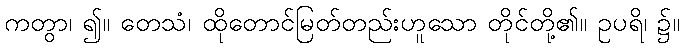
ကတွာ၊ ၍။ တေသံ၊ ထိုတောင်မြတ်တည်းဟူသော တိုင်တို့၏။ ဥပရိ၊ ၌။